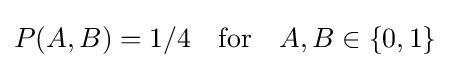
P(A,B)=1/4\quad {\text{for}}\quad A,B\in \{0,1\}